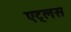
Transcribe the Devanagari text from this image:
एट्लस